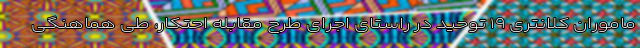
ماموران کلانتری ۱۹ توحید در راستای اجرای طرح مقابله احتکار، طی هماهنگی